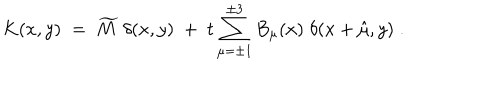
K ( x , y ) \; = \; \widetilde { M } \; \delta ( x , y ) \; + \; t \sum _ { \mu = \pm 1 } ^ { \pm 3 } B _ { \mu } ( x ) \; \delta ( x + \hat { \mu } , y ) \; .